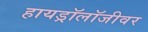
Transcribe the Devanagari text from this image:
हायड्रॉलॉजीवर